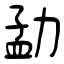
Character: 勐